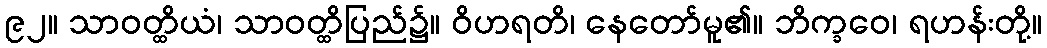
၉၂။ သာဝတ္ထိယံ၊ သာဝတ္ထိပြည်၌။ ဝိဟရတိ၊ နေတော်မူ၏။ ဘိက္ခဝေ၊ ရဟန်းတို့။